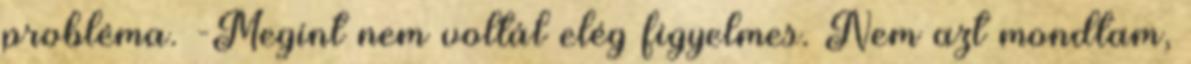
probléma. -Megint nem voltál elég figyelmes. Nem azt mondtam,